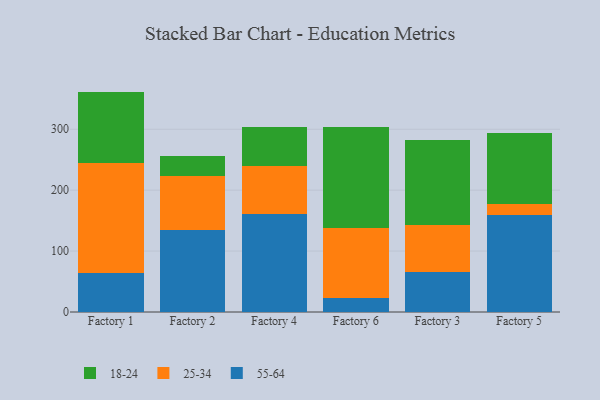
{"axis": {"x": "Factory", "y": "Satisfaction Score"}, "legend": ["18-24", "25-34", "55-64"], "data": [{"x": "Factory 1", "y": 64.4, "type": "55-64"}, {"x": "Factory 1", "y": 179.4, "type": "25-34"}, {"x": "Factory 1", "y": 118.0, "type": "18-24"}, {"x": "Factory 2", "y": 134.0, "type": "55-64"}, {"x": "Factory 2", "y": 89.0, "type": "25-34"}, {"x": "Factory 2", "y": 33.8, "type": "18-24"}, {"x": "Factory 4", "y": 161.4, "type": "55-64"}, {"x": "Factory 4", "y": 78.4, "type": "25-34"}, {"x": "Factory 4", "y": 64.2, "type": "18-24"}, {"x": "Factory 6", "y": 23.1, "type": "55-64"}, {"x": "Factory 6", "y": 115.4, "type": "25-34"}, {"x": "Factory 6", "y": 164.6, "type": "18-24"}, {"x": "Factory 3", "y": 65.7, "type": "55-64"}, {"x": "Factory 3", "y": 76.8, "type": "25-34"}, {"x": "Factory 3", "y": 139.7, "type": "18-24"}, {"x": "Factory 5", "y": 159.9, "type": "55-64"}, {"x": "Factory 5", "y": 17.5, "type": "25-34"}, {"x": "Factory 5", "y": 117.1, "type": "18-24"}]}